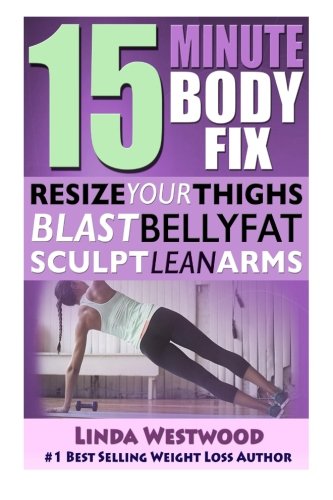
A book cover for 15-Minute Body Fix: Resize Your Thighs, Blast Belly Fat & Sculpt Lean Arms!; Linda Westwood; Health, Fitness & Dieting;